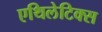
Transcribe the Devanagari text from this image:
एथिलेटिक्स